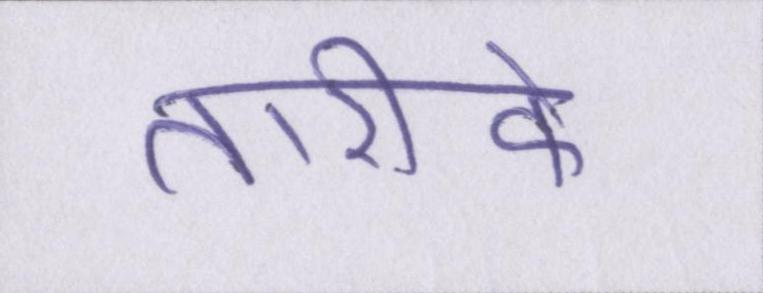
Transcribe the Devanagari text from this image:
तारीफें